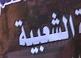
الشعبية